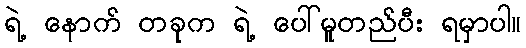
ရဲ့ နောက် တခုက ရဲ့ ပေါ်မူတည်ပီး ရမှာပါ။